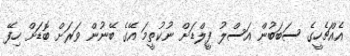
އެއްޗެހީގެ ސަބަބުން އަސްލު ފީލްޑަށް ނުކުތީމަ އޭގެ ބޭނުން ވަރަށް ބޮޑަށް ހިފޭ